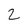
Character: 2